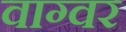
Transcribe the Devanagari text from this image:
वाग्वर